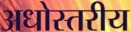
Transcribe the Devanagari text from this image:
अधोस्तरीय